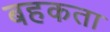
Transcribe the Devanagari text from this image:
बहकता